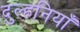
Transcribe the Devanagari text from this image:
दुल्हनियाँ